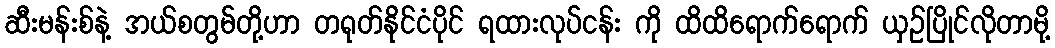
ဆီးမန်းစ်နဲ့ အယ်စတွမ်တို့ဟာ တရုတ်နိုင်ငံပိုင် ရထားလုပ်ငန်း ကို ထိထိရောက်ရောက် ယှဉ်ပြိုင်လိုတာမို့